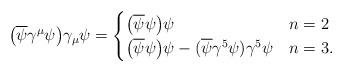
LaTeX: \begin{align*} \big(\overline{\psi} \gamma^\mu \psi\big) \gamma_\mu \psi = \begin{cases} \big(\overline{\psi} \psi \big) \psi & n=2\\ \big(\overline{\psi} \psi \big) \psi - (\overline{\psi} \gamma^5 \psi)\gamma^5 \psi &n=3. \end{cases}\end{align*}